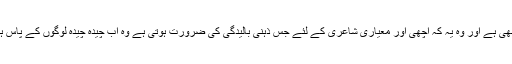
ایک بات اور بھی ہے اور وہ یہ کہ اچھی اور معیاری شاعری کے لئے جس ذہنی بالیدگی کی ضرورت ہوتی ہے وہ اب چیدہ چیدہ لوگوں کے پاس ہی رہ گئی ہے۔